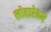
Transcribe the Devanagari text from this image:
लोहारेकर